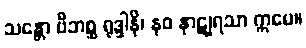
သန္တော ဗီဘစ္ဆ ရုဒ္ဒါနိ၊ နဝ နာဋျရသာ ဣမေ။